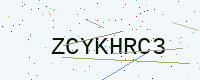
Text: ZCYKHRC3